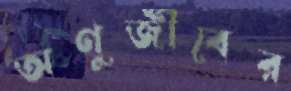
অণুজীবের